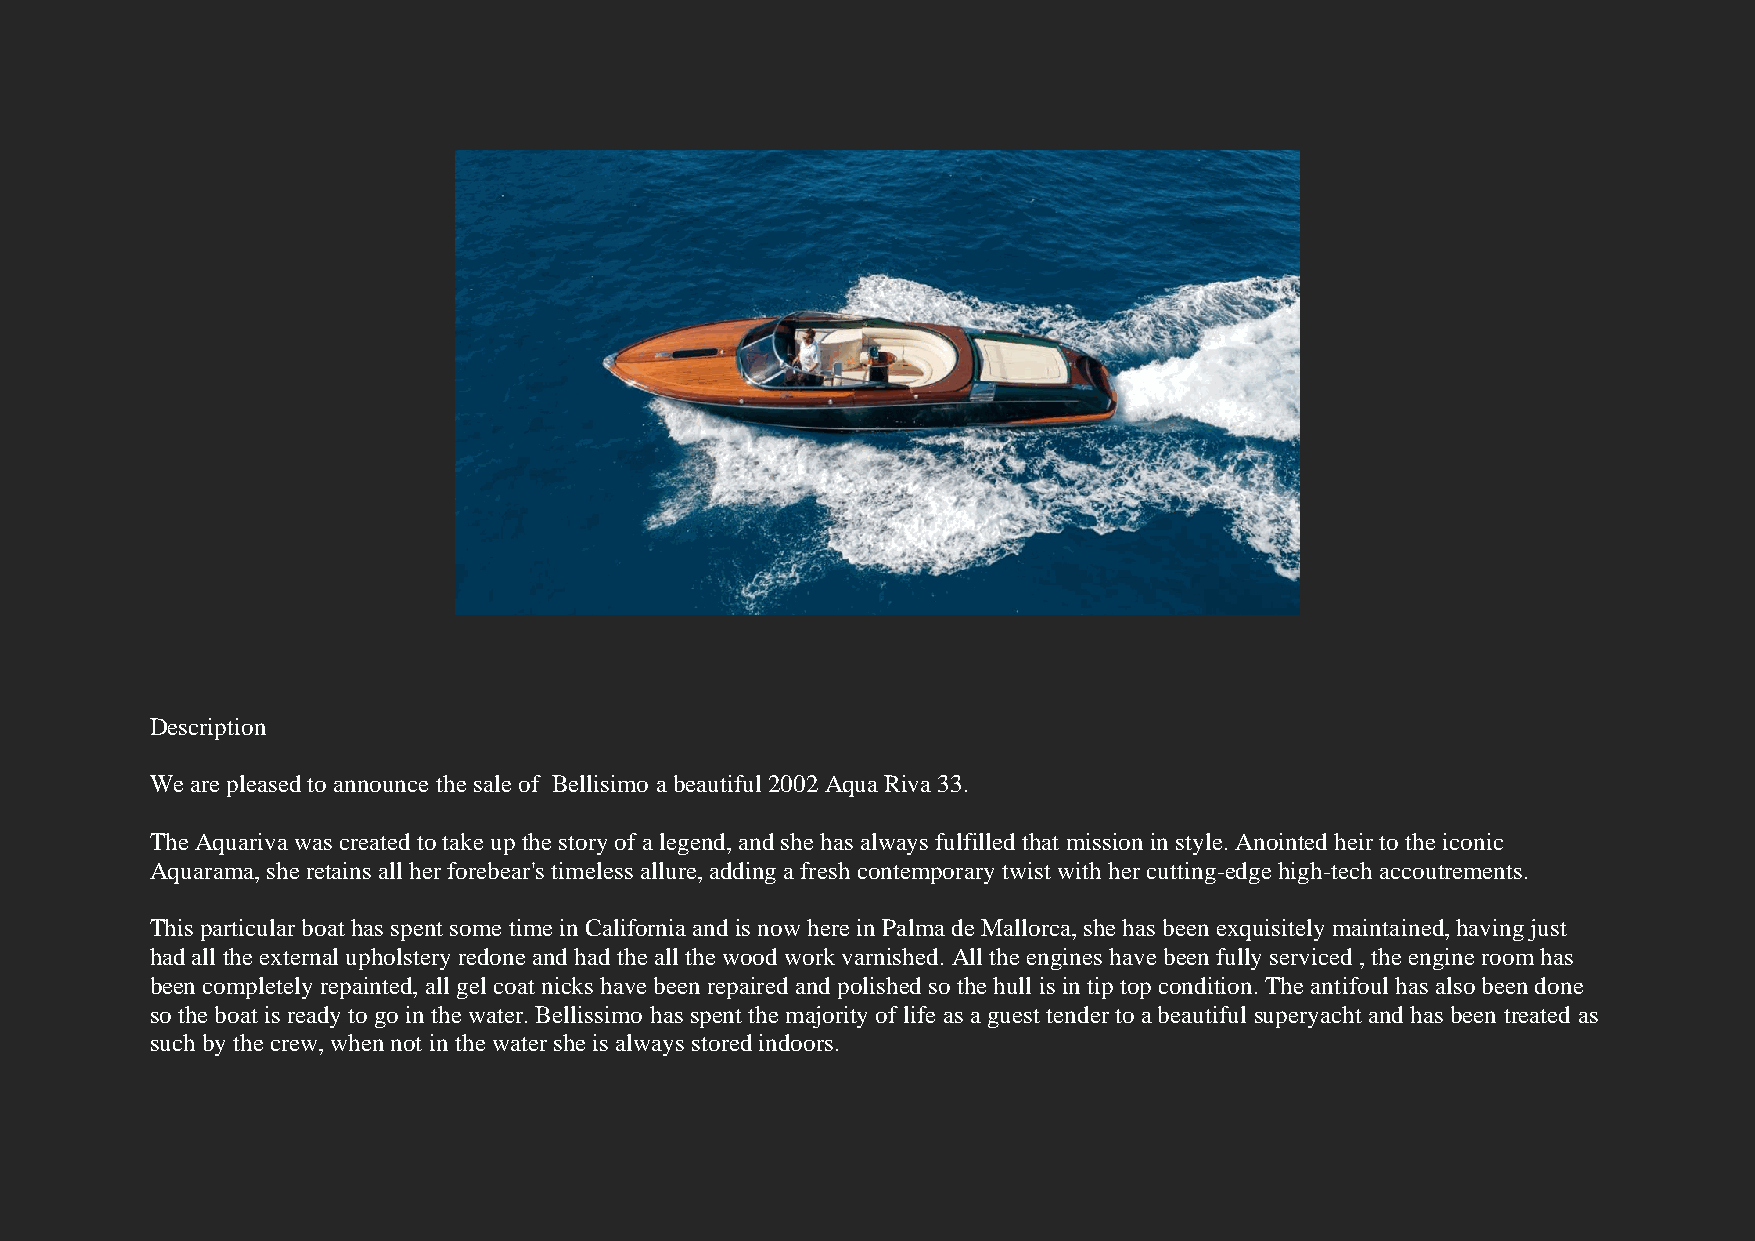
Description
 We are pleased to announce the sale of Bellisimo a beautiful 2002 Aqua Riva 33.
 The Aquariva was created to take up the story of a legend, and she has always fulfilled that mission in style. Anointed heir to the iconic
 Aquarama, she retains all her forebear's timeless allure, adding a fresh contemporary twist with her cutting-edge high-tech accoutrements.
 This particular boat has spent some time in California and is now here in Palma de Mallorca, she has been exquisitely maintained, having just
 had all the external upholstery redone and had the all the wood work varnished. All the engines have been fully serviced , the engine room has
 been completely repainted, all gel coat nicks have been repaired and polished so the hull is in tip top condition. The antifoul has also been done
 so the boat is ready to go in the water. Bellissimo has spent the majority of life as a guest tender to a beautiful superyacht and has been treated as
 such by the crew, when not in the water she is always stored indoors.